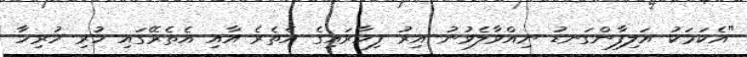
"އެކަމަކު އަލިފާންގަނޑު ނިއްވާލެވުނު އިރު ފިހާރައިގެ އެތެރެ އާއި އެތެރޭގައި ހުރި ހުރިހާ